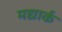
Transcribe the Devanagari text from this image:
मद्यार्क